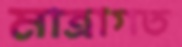
মাত্রাগত